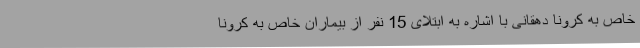
خاص به کرونا دهقانی با اشاره به ابتلای 15 نفر از بیماران خاص به کرونا